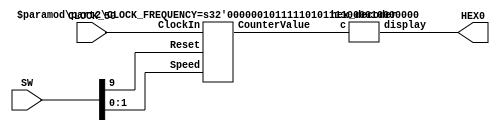
`timescale 1ms / 1ms

module part2setup (input CLOCK_50, input [9:0] SW, output [6:0] HEX0);
  wire [3:0] counterValue;

  part2 #(50000000) p2 (CLOCK_50, SW[9], SW[1:0], counterValue[3:0]);
  hex_decoder hd (counterValue[3:0], HEX0[6:0]);
endmodule


module hex_decoder (c, display);
  input [3:0] c;
  output [6:0] display;

  // calculate all minterms with wires, then just or them
  wire m0, m1, m2, m3, m4, m5, m6, m7, m8, m9, m10, m11, m12, m13, m14, m15;

  assign m0 = ~c[3] & ~c[2] & ~c[1] & ~c[0];
  assign m1 = ~c[3] & ~c[2] & ~c[1] & c[0];
  assign m2 = ~c[3] & ~c[2] & c[1] & ~c[0];
  assign m3 = ~c[3] & ~c[2] & c[1] & c[0];
  assign m4 = ~c[3] & c[2] & ~c[1] & ~c[0];
  assign m5 = ~c[3] & c[2] & ~c[1] & c[0];
  assign m6 = ~c[3] & c[2] & c[1] & ~c[0];
  assign m7 = ~c[3] & c[2] & c[1] & c[0];
  assign m8 = c[3] & ~c[2] & ~c[1] & ~c[0];
  assign m9 = c[3] & ~c[2] & ~c[1] & c[0];
  assign m10 = c[3] & ~c[2] & c[1] & ~c[0];
  assign m11 = c[3] & ~c[2] & c[1] & c[0];
  assign m12 = c[3] & c[2] & ~c[1] & ~c[0];
  assign m13 = c[3] & c[2] & ~c[1] & c[0];
  assign m14 = c[3] & c[2] & c[1] & ~c[0];
  assign m15 = c[3] & c[2] & c[1] & c[0];

  assign display[0] = m1 | m4 | m11 | m13;
  assign display[1] = m5 | m6 | m11 | m12 | m14 | m15;
  assign display[2] = m2 | m12 | m14 | m15;
  assign display[3] = m1 | m4 | m7 | m9 | m10 | m15;
  assign display[4] = m1 | m3 | m4 | m5 | m7 | m9;
  assign display[5] = m1 | m2 | m3 | m7 | m13;
  assign display[6] = m0 | m1 | m7 | m12;

endmodule

module part2 #(parameter CLOCK_FREQUENCY = 100) 
(input ClockIn, input Reset, input [1:0] Speed, output [3:0] CounterValue);
  wire Enable;
  RateDivider #(CLOCK_FREQUENCY) rd(ClockIn, Reset, Speed, Enable);
  DisplayCounter dc(ClockIn, Reset, Enable, CounterValue);
endmodule

module DisplayCounter (input Clock, input Reset, input EnableDC, output reg [3:0] CounterValue);

  always @(posedge Clock)
  begin
    if (Reset)
      CounterValue <= 0;
    else 
    begin
      if (EnableDC)
      begin
        if (CounterValue == 4'b1111) 
          CounterValue <= 0;
        else 
          CounterValue <= CounterValue + 1;
      end
    end
  end
endmodule

module RateDivider #(parameter CLOCK_FREQUENCY = 100) 
(input ClockIn, input Reset, input [1:0] Speed, output Enable);
  
  reg [1 + $clog2(CLOCK_FREQUENCY):0] counter;
  reg [1 + $clog2(CLOCK_FREQUENCY):0] newCounter;

  always @(*) 
  begin
    case (Speed)
      2'b00: newCounter = 0;
      2'b01: newCounter = CLOCK_FREQUENCY - 1;
      2'b10: newCounter = (CLOCK_FREQUENCY << 1) - 1;
      2'b11: newCounter = (CLOCK_FREQUENCY << 2) - 1;
      default: newCounter = 0;
    endcase
  end

  always @(posedge ClockIn) 
  begin
    if (Reset) 
      counter <= newCounter;
    else if (counter == 0) 
      counter <= newCounter;
    else 
      counter <= counter - 1;
  end

  assign Enable = (counter == 1'b0) ? 1'b1 : 1'b0;
endmodule